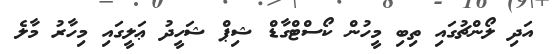
އަދި ލޯންޗުގައި ތިބި މީހުން ކޯސްްޓްގާޑް ޝިޕް ޝަހީދު ޢަލީގައި މިހާރު މާލެ